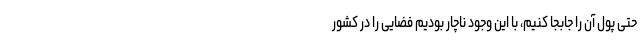
حتی پول آن را جابجا کنیم، با این وجود ناچار بودیم فضایی را در کشور